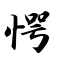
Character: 愕